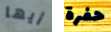
أيها حفرة